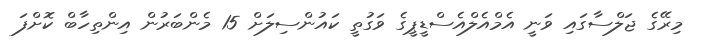
މިރޭގެ ޖަލްސާގައި ވަނީ އެމްއެލްއެސްޑީޕީގެ ވަގުތީ ކައުންސިލަށް 15 މެންބަރުން އިންތިހާބް ކޮށްފަ